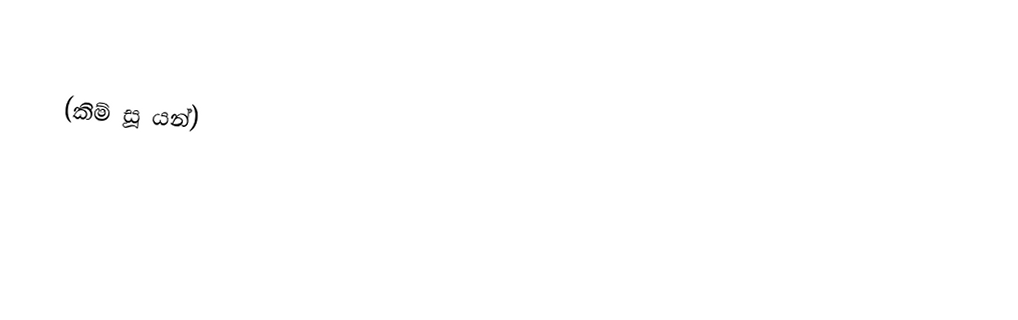

(කිම් සූ යන්)